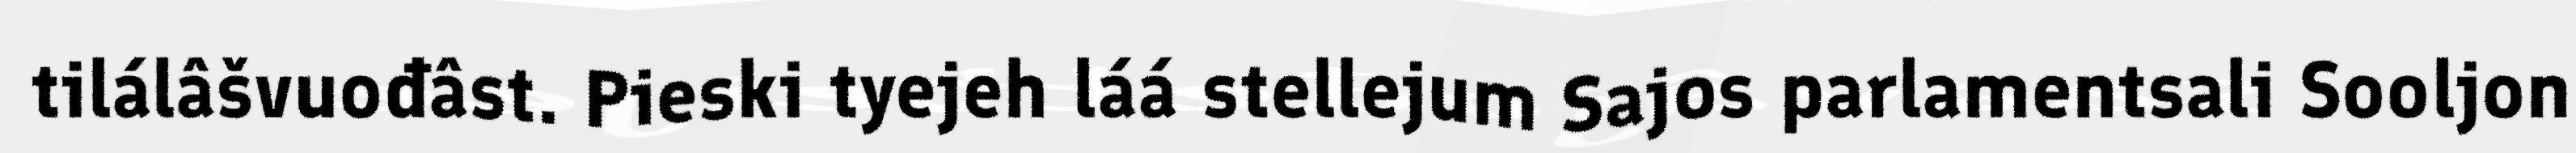
tilálâšvuođâst. Pieski tyejeh láá stellejum Sajos parlamentsali Sooljon